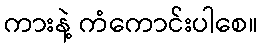
ကားနဲ့ ကံကောင်းပါစေ။